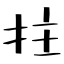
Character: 拄